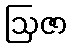
ဩဇာ